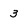
Character: 3